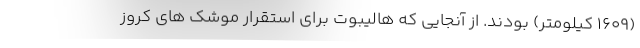
(1609 کیلومتر) بودند. از آنجایی که هالیبوت برای استقرار موشک های کروز